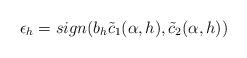
LaTeX: \begin{align*} \epsilon_h = sign(b_h\tilde c_1(\alpha, h), \tilde c_2(\alpha, h)) \end{align*}